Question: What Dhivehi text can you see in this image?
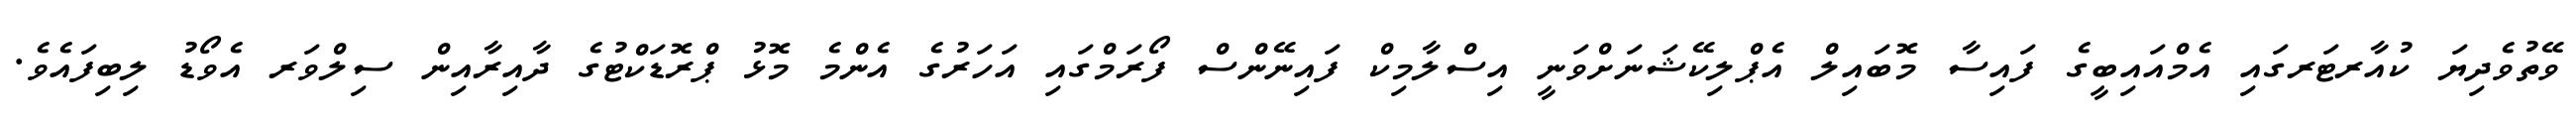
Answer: ވޭތުވެދިޔަ ކުއާރޓަރގައި އެމްއައިބީގެ ފައިސާ މޮބައިލް އެޕްލިކޭޝަނަށްވަނީ އިސްލާމިކް ފައިނޭންސް ފޯރަމްގައި އަހަރުގެ އެންމެ މޮޅު ޕްރޮޑަކްޓުގެ ދާއިރާއިން ސިލްވަރ އެވޯޑު ލިބިފައެވެ.